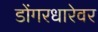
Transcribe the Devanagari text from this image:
डोंगरधारेवर